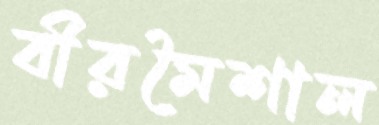
বীরমৈশাল